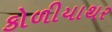
કોળીયાથર